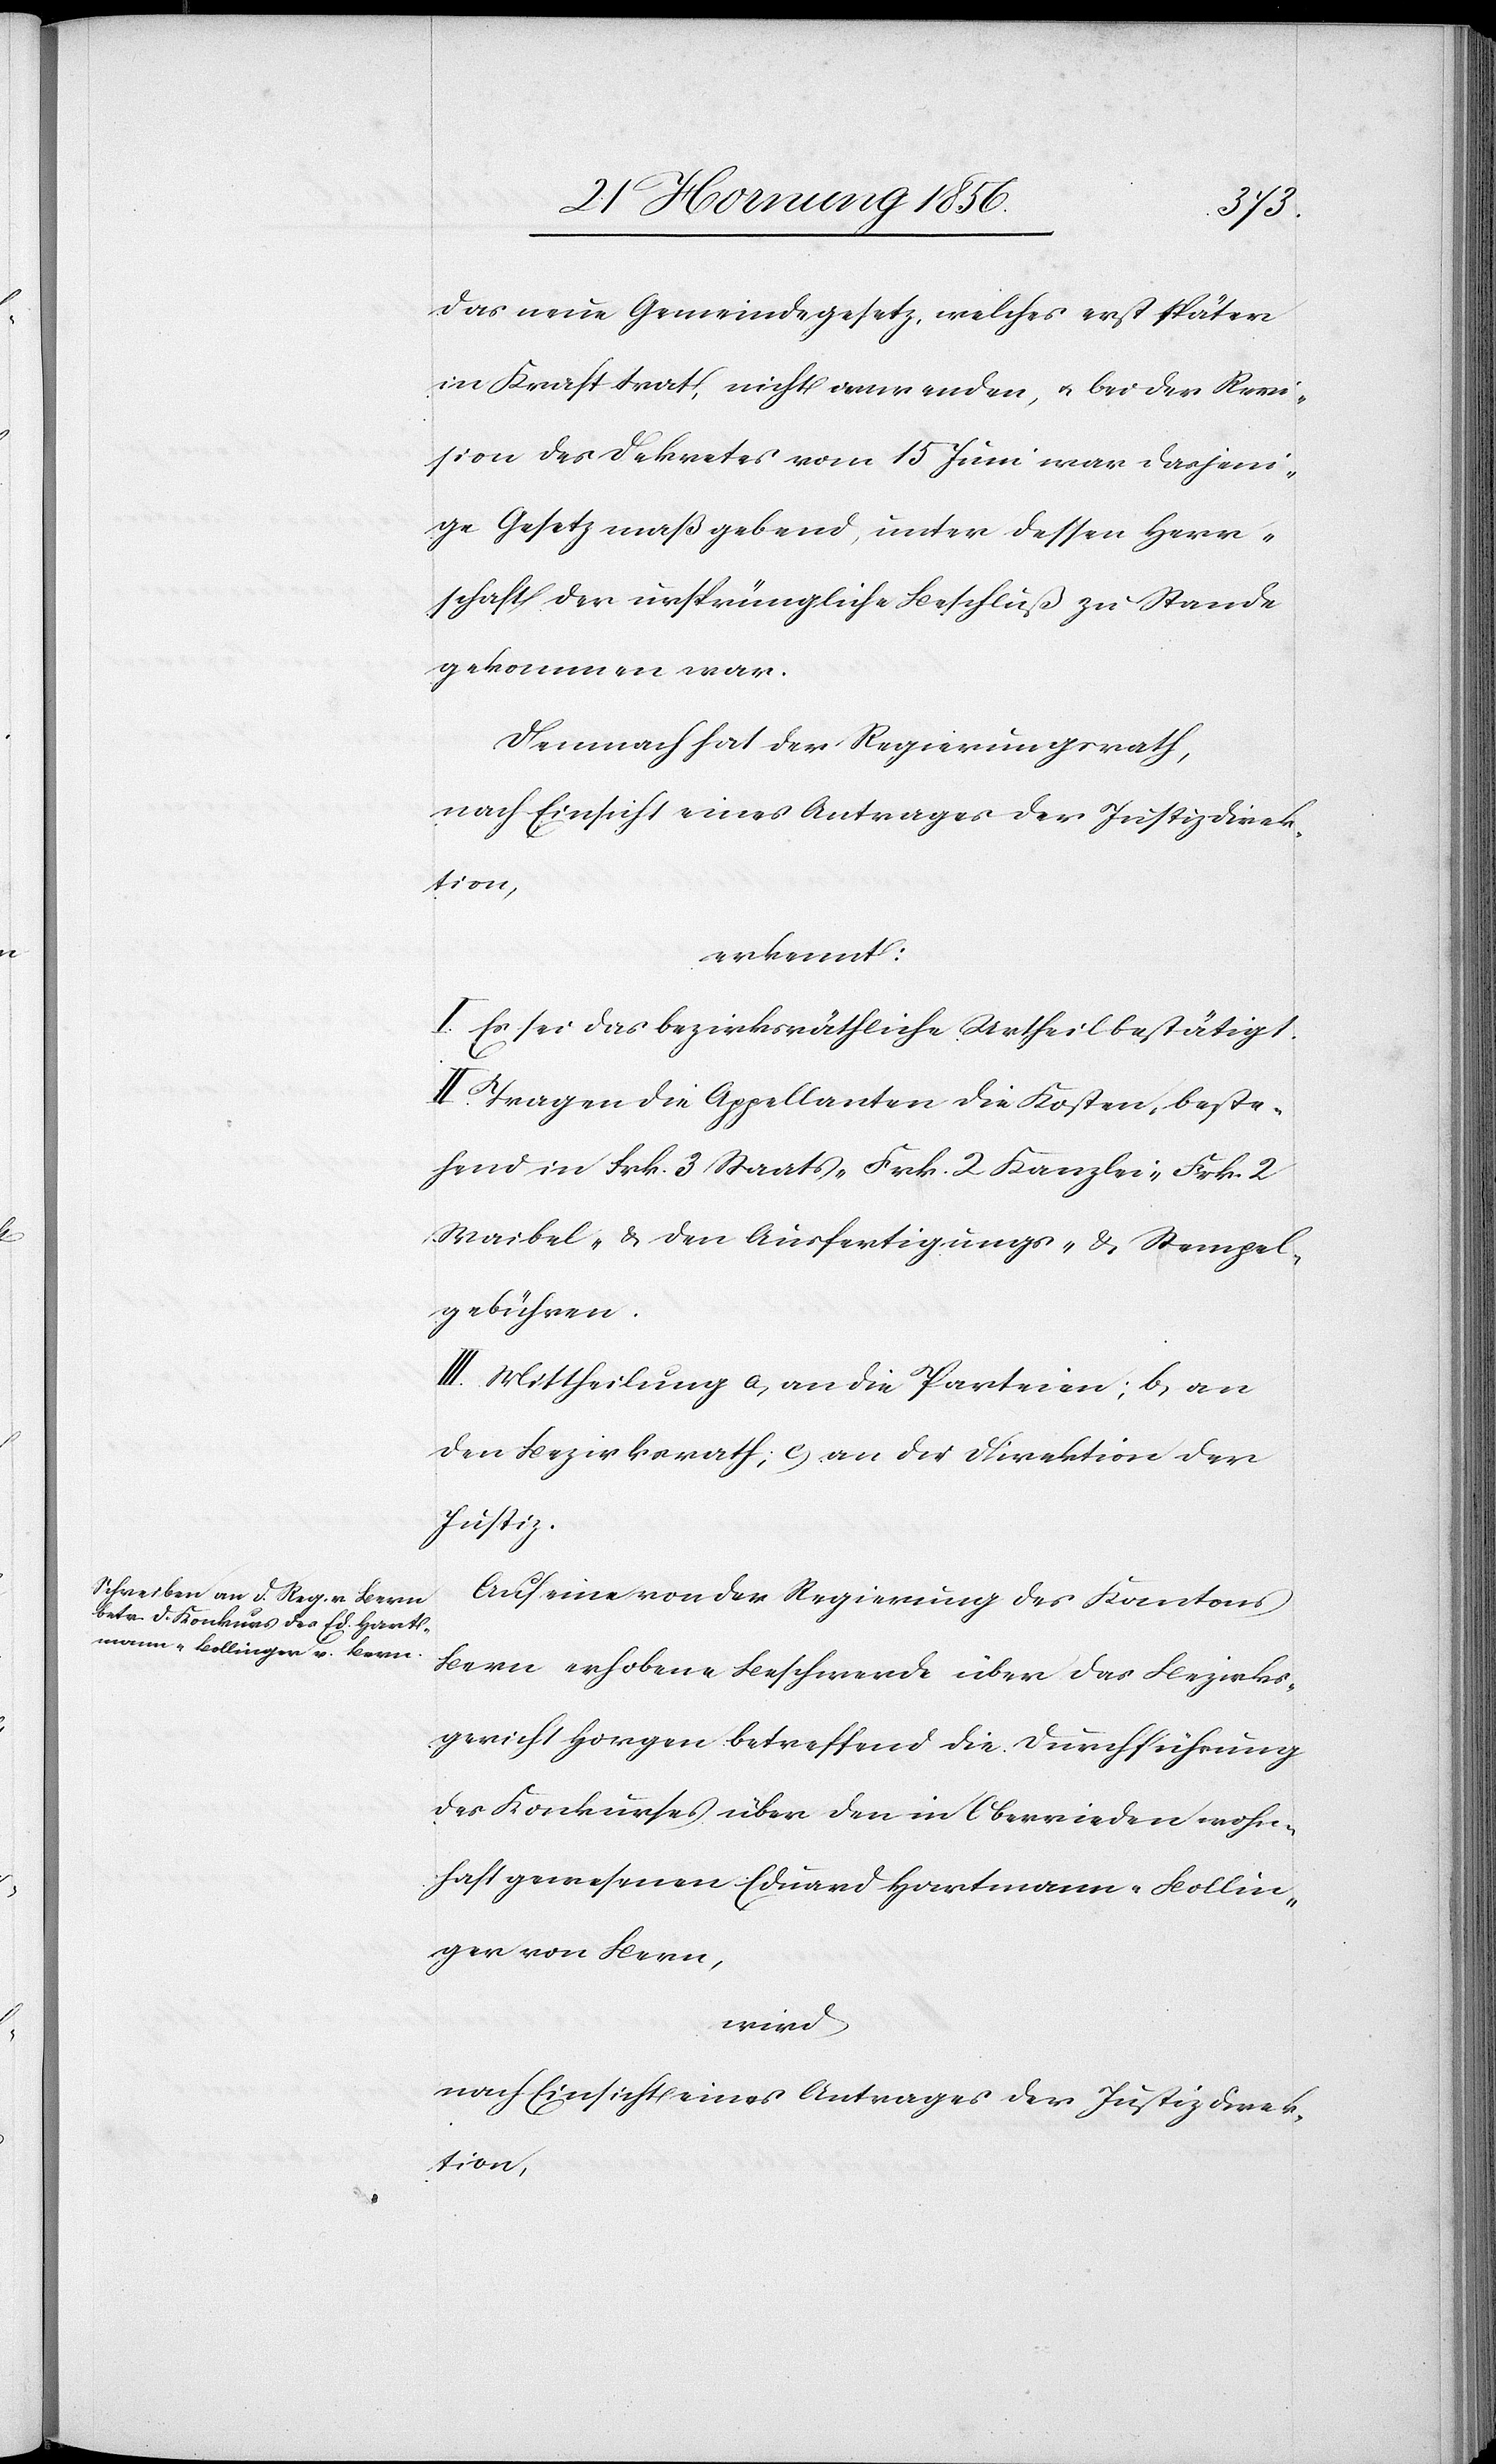
das neue Gemeindegesetz, welches erst später
in Kraft trat, nicht anwenden, u. bei der Revi¬
sion des Dekretes vom 15 Juni war dasjeni¬
ge Gesetz maßgebend, unter dessen Herr¬
schaft der ursprüngliche Beschluß zu Stande
gekommen war.
Demnach hat der Regierungsrath,
nach Einsicht eines Antrages der Justizdirek¬
tion,
erkennt:
I. Es sei das bezirksräthliche Urtheil bestätigt.
II. Tragen die Appellanten die Kosten, beste¬
hend in Frk. 3 Staats-[,] Frk. 2 Kanzlei-[,] Frk. 2
Waibel- & den Ausfertigungs- & Stempel¬
gebühren.
III. Mittheilung a, an die Parteien; b, an
den Bezirksrath; c, an die Direktion der
Justiz.
Auf eine von der Regierung des Kantons
Bern erhobene Beschwerde über das Bezirks¬
gericht Horgen betreffend die Durchführung
des Konkurses über den in Oberrieden wohn¬
haft gewesenen Eduard Hartmann-Bollin¬
ger von Bern,
wird
nach Einsicht eines Antrages der Justizdirek¬
tion,